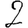
Digit: 2